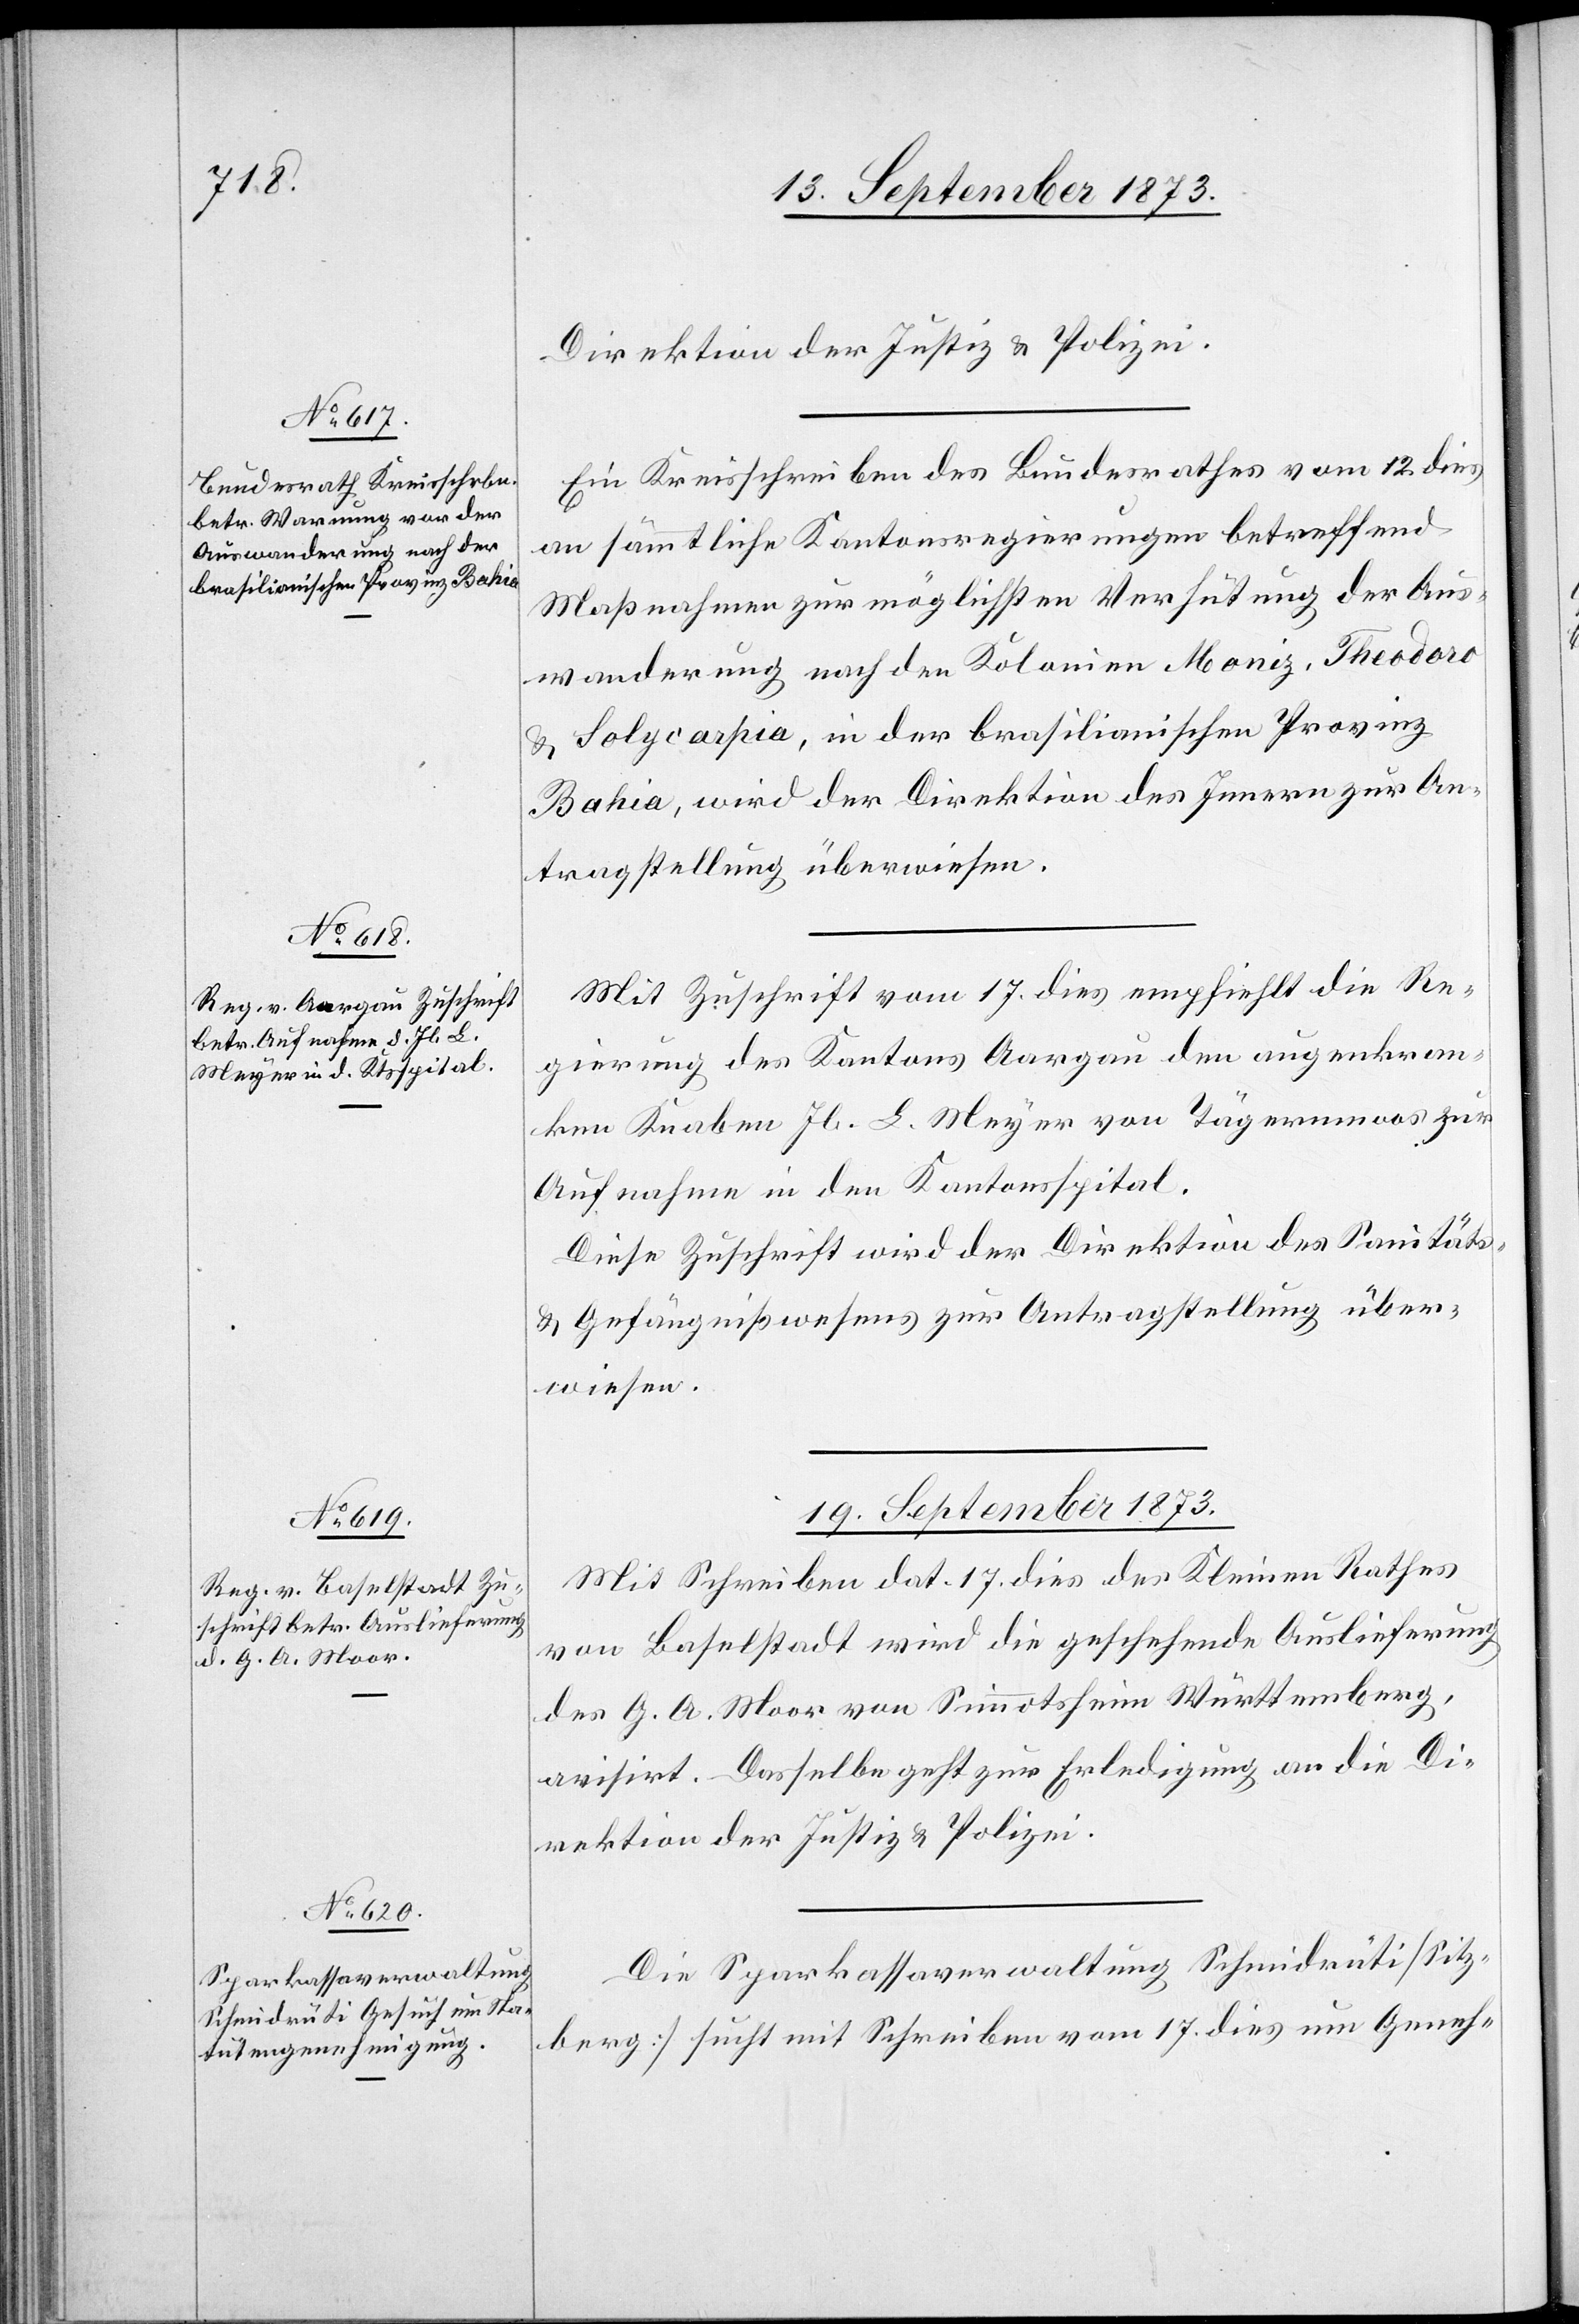
18. September 1873.]
Direktion der Justiz & Polizei.
Ein Kreisschreiben des Bundesrathes vom 12. dies
an sämmtliche Kantonsregierungen betreffend
Maßnahmen zur möglichsten Verhütung der Aus¬
wanderung nach den Kolonien Moniz, Theodoro
& Solycarpia, in der brasilianischen Provinz
Bahia, wird der Direktion des Innern zur An¬
tragstellung überwiesen.
Mit Zuschrift vom 17. dies empfiehlt die Re¬
gierung des Kantons Aargau den augenkran¬
ken Knaben Jb. L. Meyer von Tägernmoos zur
Aufnahme in den Kantonsspital.
Diese Zuschrift wird der Direktion des Sanitäts-
& Gefängnißwesens zur Antragstellung über¬
wiesen.
19. September 1873.]
Mit Schreiben dat. 17. dies des Kleinen Rathes
von Baselstadt wird die geschehende Auslieferung
des G. A. Moor von Simmotsheim Würrtemberg,
avisirt. Dasselbe geht zur Erledigung an die Di¬
rektion der Justiz & Polizei.
Die Sparkassaverwaltung Schmidrüti [Sitz¬
berg] sucht mit Schreiben vom 17. dies um Geneh-